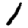
Digit: 1